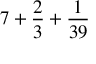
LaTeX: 7 + { \frac { 2 } { 3 } } + { \frac { 1 } { 3 9 } }